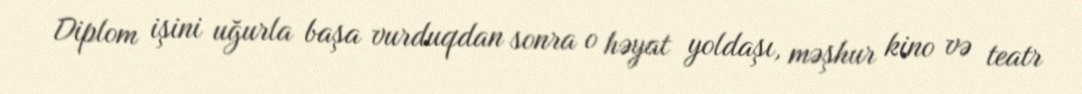
Diplom işini uğurla başa vurduqdan sonra o həyat yoldaşı, məşhur kino və teatr